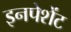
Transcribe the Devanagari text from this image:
इनपेशेंट